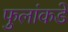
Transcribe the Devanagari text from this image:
फुलांकडे